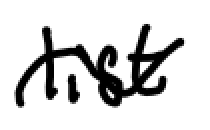
Text: list
Cross-out: wave
Writing tool: digital_black